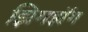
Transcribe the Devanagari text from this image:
झिगझॅग